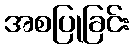
အစပြုခြင်း